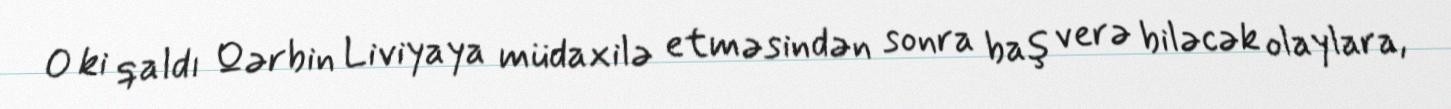
O ki qaldı Qərbin Liviyaya müdaxilə etməsindən sonra baş verə biləcək olaylara,